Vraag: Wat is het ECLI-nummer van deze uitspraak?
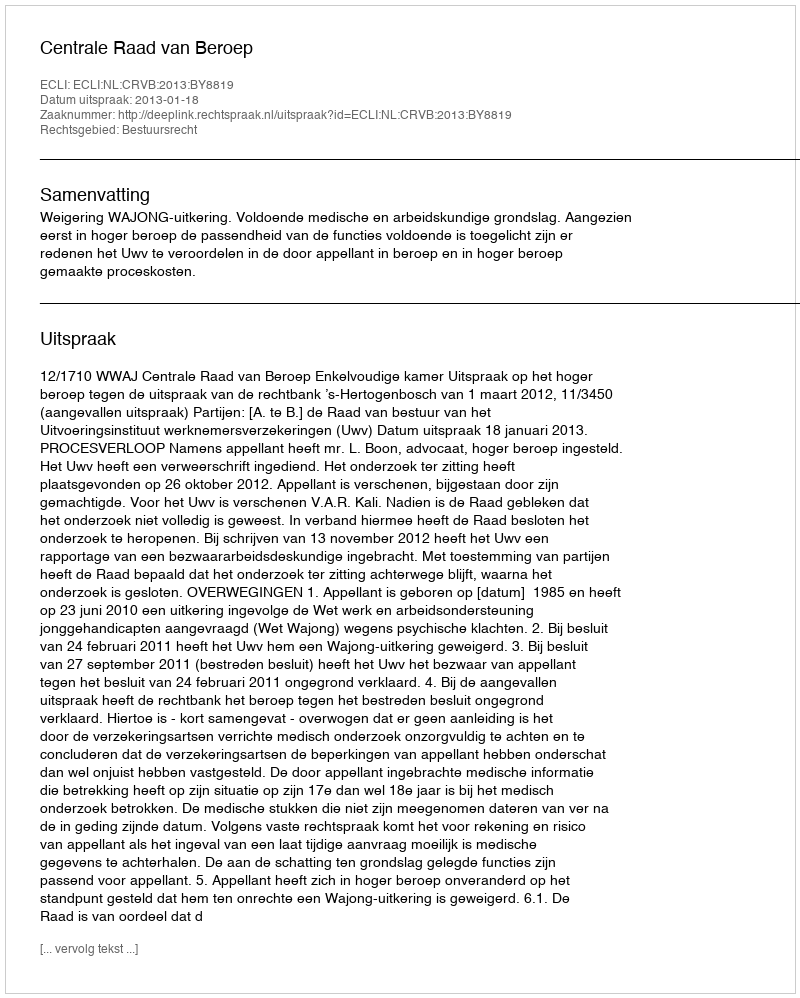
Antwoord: ECLI:NL:CRVB:2013:BY8819